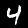
Digit: 4